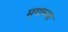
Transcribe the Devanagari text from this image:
मृगाच्या